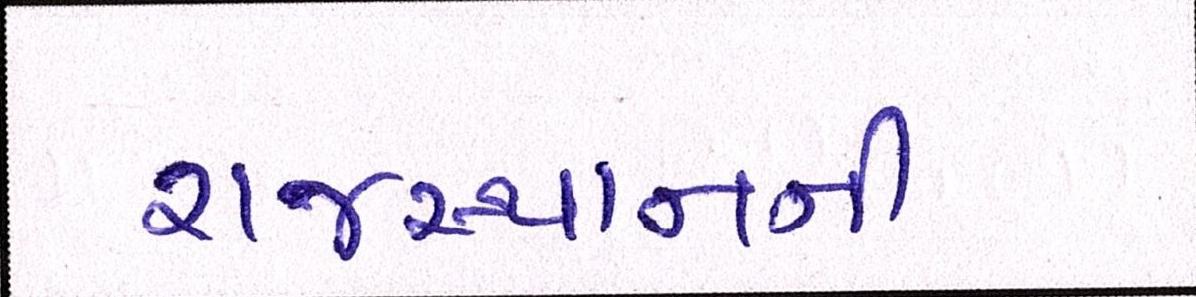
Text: રાજસ્થાનની